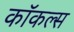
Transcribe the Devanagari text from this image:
कॉकल्स